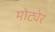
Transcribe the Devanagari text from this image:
मोट्येर